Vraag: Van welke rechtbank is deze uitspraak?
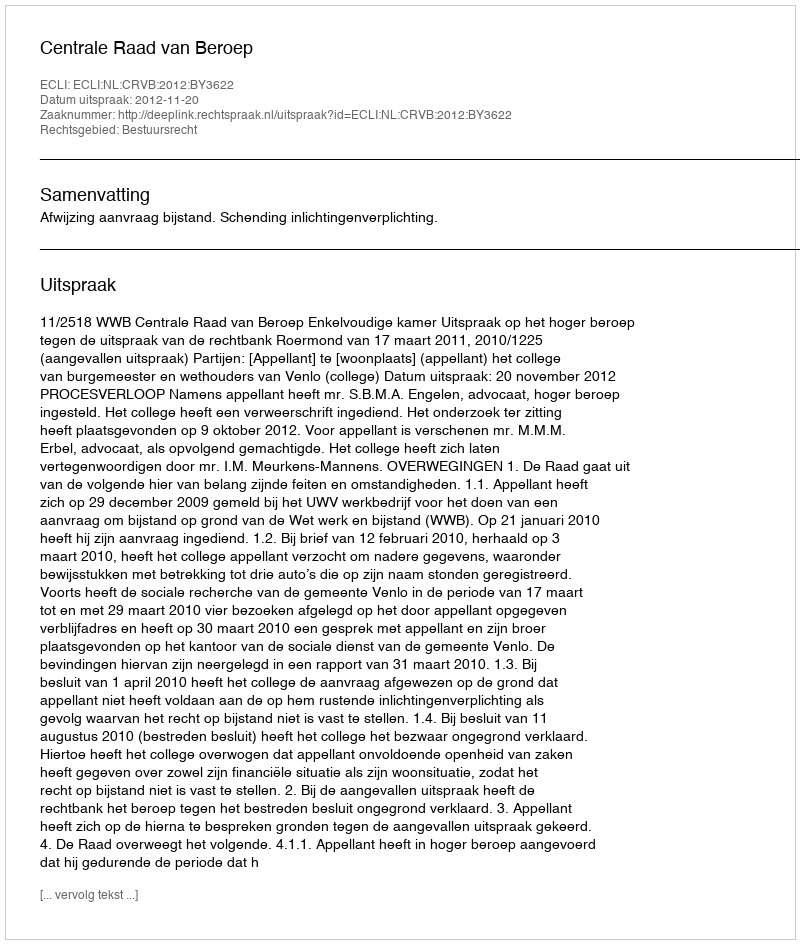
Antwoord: Centrale Raad van Beroep